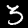
Digit: 3